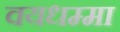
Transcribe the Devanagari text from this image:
वयधम्मा